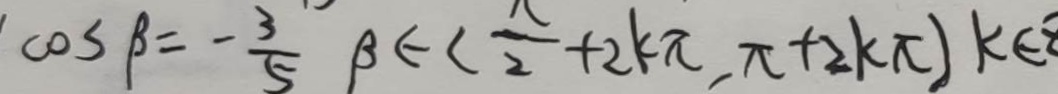
\cos \beta = - \frac { 3 } { 5 } \beta \in ( \frac { \pi } { 2 } + 2 k \pi , \pi + 2 k \pi ) k \in